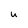
Character: u